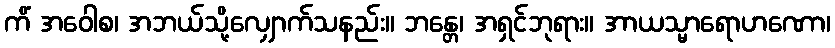
ကိံ အဝေါစ၊ အဘယ်သို့လျှောက်သနည်း။ ဘန္တေ၊ အရှင်ဘုရား။ အာယသ္မာရောဟဏော၊